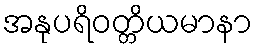
အနုပရိဝတ္တိယမာနာ